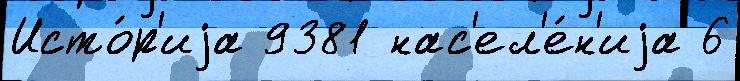
Исто́р'иjа 9381 нас'ел'е́н'иjа 6